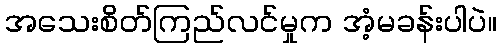
အသေးစိတ်ကြည်လင်မှုက အံ့မခန်းပါပဲ။